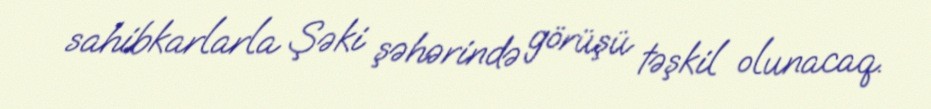
sahibkarlarla Şəki şəhərində görüşü təşkil olunacaq.